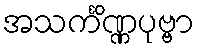
အသင်္ကိဏ္ဏပုဗ္ဗာ